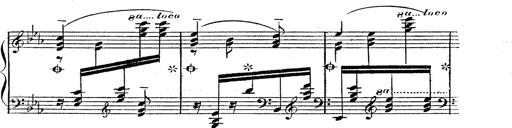
Title: 12 Lieder von Franz Schubert
Composer: Franz Liszt